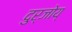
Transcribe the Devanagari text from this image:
दुर्जोय्